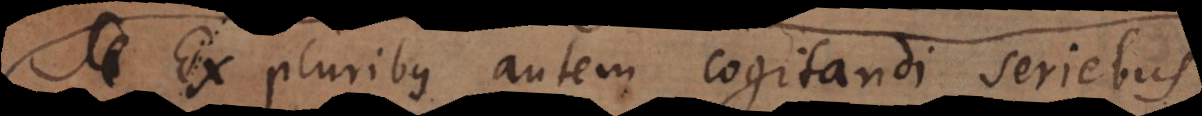
i. Ex pluribus autem cogitandi seriebus